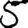
Digit: 5